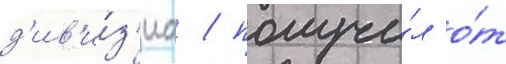
д'ив'и́з'иа / получи́л о́т